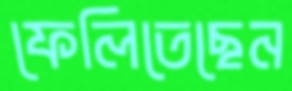
ফেলিতেছেন